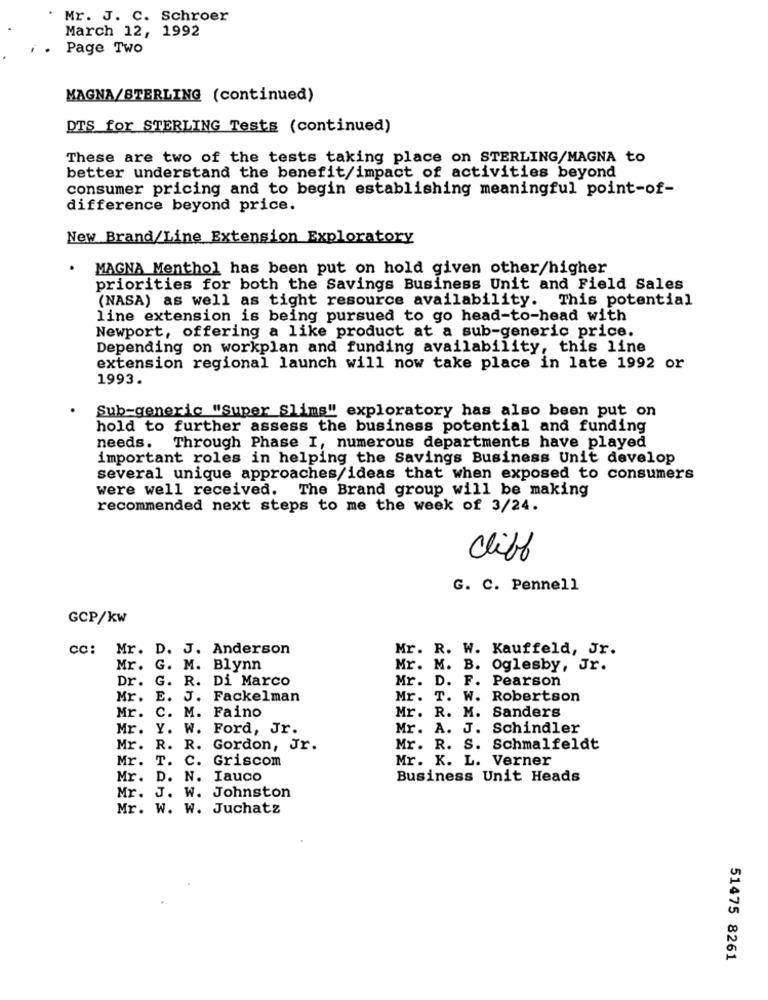
Mr. J. C. Schroer
March 12, 1992
. Page Two
MAGNA/STERLING (continued)
DTS for STERLING Tests (continued)
These are two of the tests taking place on STERLING/MAGNA to
better understand the benefit/impact of activities beyond
consumer pricing and to begin establishing meaningful point-of-
difference beyond price.
New Brand/Line Extension Exploratory
MAGNA Menthol has been put on hold given other/higher
priorities for both the Savings Business Unit and Field Sales
(NASA) as well as tight resource availability. This potential
line extension is being pursued to go head-to-head with
Newport, offering a like product at a sub-generic price.
Depending on workplan and funding availability, this line
extension regional launch will now take place in late 1992 or
1993.
Sub-generic "Super Slims" exploratory has also been put on
hold to further assess the business potential and funding
needs.
Through Phase I, numerous departments have played
important roles in helping the Savings Business Unit develop
several unique approaches/ideas that when exposed to consumers
were well received.
The Brand group will be making
recommended next steps to me the week of 3/24.
cliff
G. C. Pennell
GCP/kw
cc: Mr. D. J. Anderson
Mr. R. W. Kauffeld, Jr.
Mr. G. M. Blynn
Mr. M. B. Oglesby, Jr.
Dr. G. R. Di Marco
Mr. D. F. Pearson
Mr.
E.
J. Fackelman
Mr. T. W. Robertson
Mr.
C. M. Faino
Mr. R. M. Sanders
Mr. Y.
W. Ford, Jr.
Mr. A. J. Schindler
Mr. R. R. Gordon, Jr.
Mr. R. S. Schmalfeldt
Mr.
T. C. Griscom
Mr. K. L. Verner
Mr.
D. N. Iauco
Business Unit Heads
Mr. J. W. Johnston
Mr. W. W. Juchatz
51475 8261